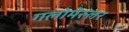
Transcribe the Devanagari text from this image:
गलोमेरुलर